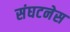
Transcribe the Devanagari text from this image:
संघटनेस